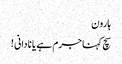
ہارون
سچ کہنا جرم ہے یا نادانی !